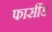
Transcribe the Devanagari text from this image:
फार्सीड